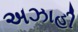
અઝાહી